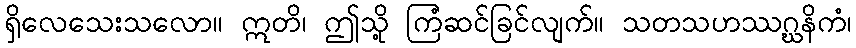
ရှိလေသေးသလော။ ဣတိ၊ ဤသို့ ကြံဆင်ခြင်လျက်။ သတသဟဿဂ္ဃနိကံ၊